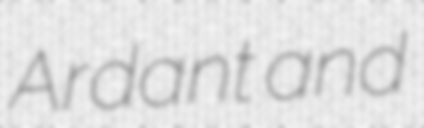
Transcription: Ardant and